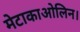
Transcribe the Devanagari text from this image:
मेटाकाओलिन।